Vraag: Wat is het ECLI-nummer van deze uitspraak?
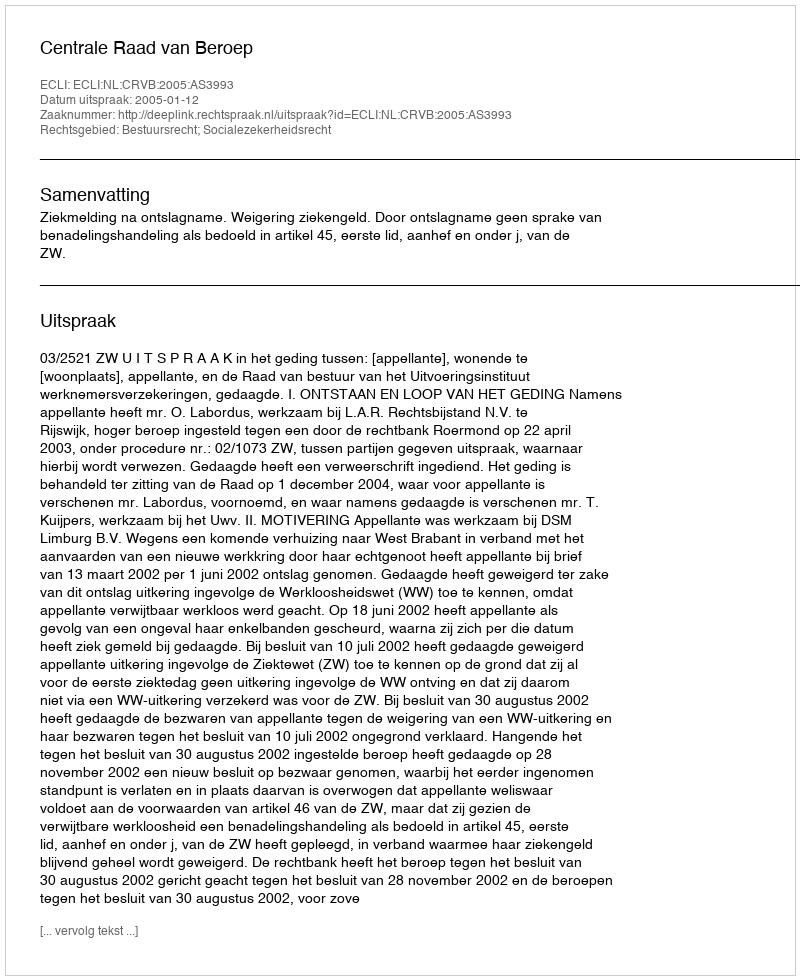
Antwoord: ECLI:NL:CRVB:2005:AS3993